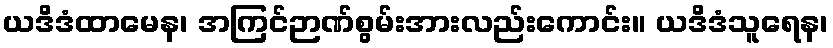
ယဒိဒံထာမေန၊ အကြင်ဉာဏ်စွမ်းအားလည်းကောင်း။ ယဒိဒံသူရေန၊